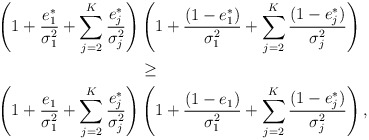
\begin{align*}\left(1+\frac{e_1^*}{\sigma_1^2}+\sum\limits_{j=2}^K\frac{e_j^*}{\sigma_j^2}\right)&\left(1+\frac{(1-e_1^*)}{\sigma_1^2}+\sum\limits_{j=2}^K\frac{(1-e_j^*)}{\sigma_j^2}\right)\\&\geq\\\left(1+\frac{e_1}{\sigma_1^2}+\sum\limits_{j=2}^K\frac{e_j^*}{\sigma_j^2}\right)&\left(1+\frac{(1-e_1)}{\sigma_1^2}+\sum\limits_{j=2}^K\frac{(1-e_j^*)}{\sigma_j^2}\right),\end{align*}